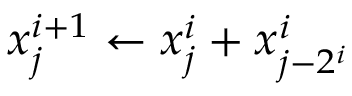
x _ { j } ^ { i + 1 } \gets x _ { j } ^ { i } + x _ { j - 2 ^ { i } } ^ { i }